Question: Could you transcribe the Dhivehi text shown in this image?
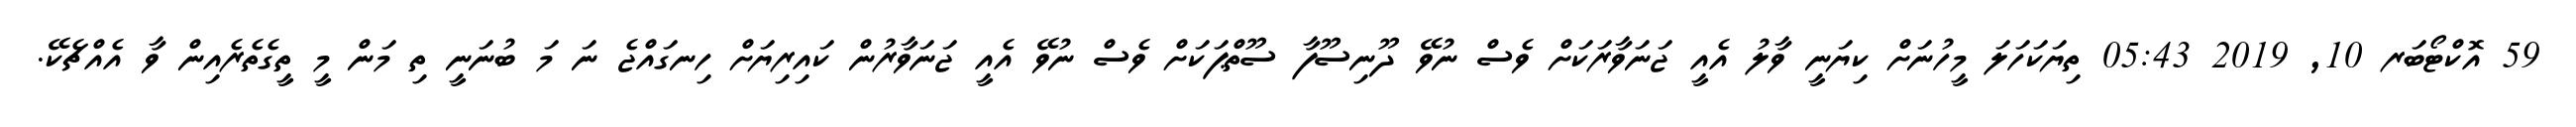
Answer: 59 އޮކްޓޯބަރ 10, 2019 05:43 ތިޔަކަހަލަ މީހުނަށް ކިޔަނީ ވާލު އެއީ ޖަނަވާރަކަށް ވެސް ނުވޭ ދޫނިސޫފާ ސޫތްޕަކަށް ވެސް ނުވޭ އެއީ ޖަނަވާރުން ކައިރިޔަށް ހިނގައްޖެ ނަ މަ ބުނަނީ ތި މަން މީ ތީގެތެރެއިން ވާ އެއްޗެކޭ.